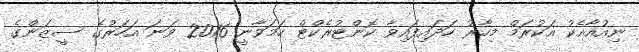
ނިއުއާއެކު އަކުރަމް މިހާރު ހަދައިފައިވާ ކޮންޓުރެކްޓް ހަމަވާނީ 2016 ވަނަ އަހަރުގެ ސީޒަންގެ